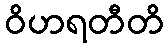
ဝိဟရတီတိ